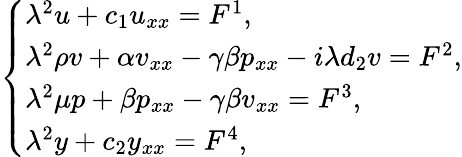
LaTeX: \left\{ \begin{array}{lll}{{\lambda}^{2}u+c_{1}u_{xx}=F^{1},}\\ {{\lambda}^{2}\rho v+\alpha v_{xx}-\gamma\beta p_{xx}-i{\lambda}d_{2}v=F^{2},}\\ {{\lambda}^{2}\mu p+\beta p_{xx}-\gamma\beta v_{xx}=F^{3},}\\ {{\lambda}^{2}y+c_{2}y_{xx}=F^{4},}\end{array}\right.